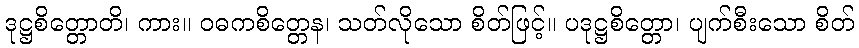
ဒုဋ္ဌစိတ္တောတိ၊ ကား။ ဝဓကစိတ္တေန၊ သတ်လိုသော စိတ်ဖြင့်။ ပဒုဋ္ဌစိတ္တော၊ ပျက်စီးသော စိတ်